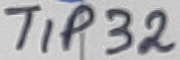
Text: TIP32